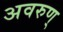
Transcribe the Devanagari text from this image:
अवरुण्